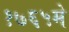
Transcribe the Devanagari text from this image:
१७६५मे